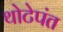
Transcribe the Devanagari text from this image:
थोटेपंत